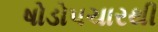
ષોડોપચારથી